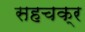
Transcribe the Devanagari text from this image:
सहचक्र